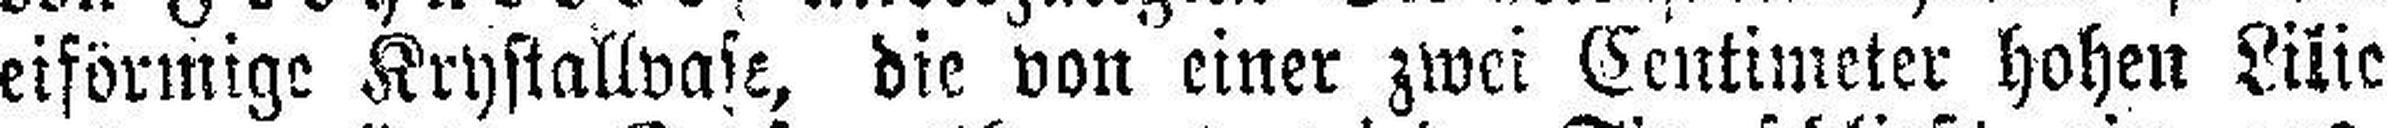
eiförmige Krystallvase, die von einer zwei Centimeter hohen Lilie